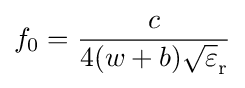
f_{0}={\frac {c}{4(w+b){\sqrt {\varepsilon }}_{\mathrm {r} }}}